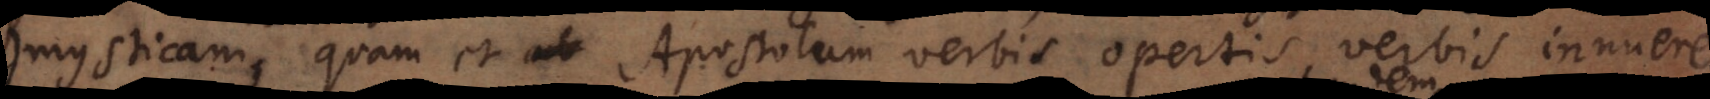
mysticam, quam et Apostolum verbis opertis innuere